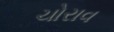
ચોરાવ